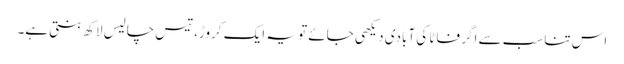
اس تناسب سے اگر فاٹا کی آبادی دیکھی جائے تو یہ ایک کروڑ، تیس چالیس لاکھ بنتی ہے۔